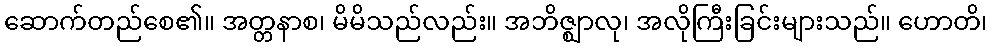
ဆောက်တည်စေ၏။ အတ္တနာစ၊ မိမိသည်လည်း။ အဘိဇ္ဈာလု၊ အလိုကြီးခြင်းများသည်။ ဟောတိ၊